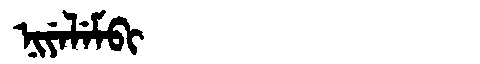
Manchu: ᠨᡳᠶᡝᠯᡝᠮᠪᡳ
Romanization: NIYELEMBI